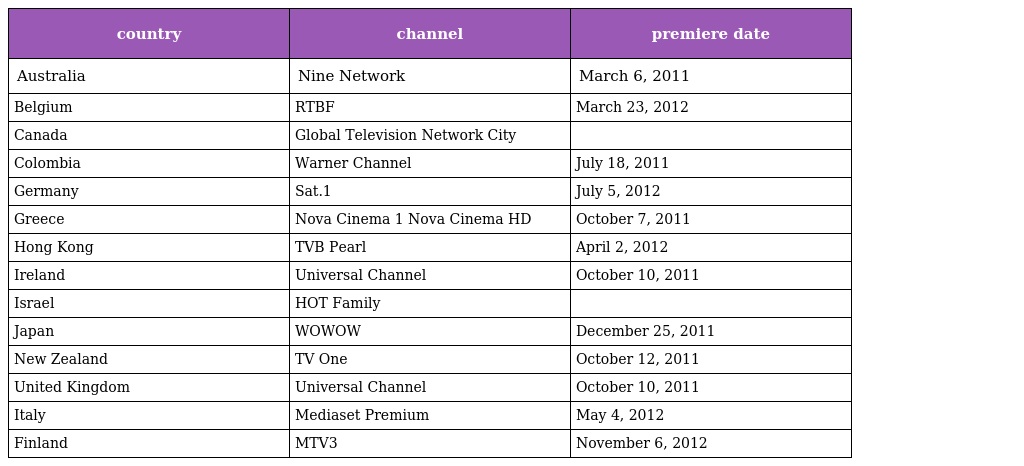
| country | channel | premiere date |
 | --- | --- | --- |
 | Australia | Nine Network | March 6, 2011 |
 | Belgium | RTBF | March 23, 2012 |
 | Canada | Global Television Network City |  |
 | Colombia | Warner Channel | July 18, 2011 |
 | Germany | Sat.1 | July 5, 2012 |
 | Greece | Nova Cinema 1 Nova Cinema HD | October 7, 2011 |
 | Hong Kong | TVB Pearl | April 2, 2012 |
 | Ireland | Universal Channel | October 10, 2011 |
 | Israel | HOT Family |  |
 | Japan | WOWOW | December 25, 2011 |
 | New Zealand | TV One | October 12, 2011 |
 | United Kingdom | Universal Channel | October 10, 2011 |
 | Italy | Mediaset Premium | May 4, 2012 |
 | Finland | MTV3 | November 6, 2012 |